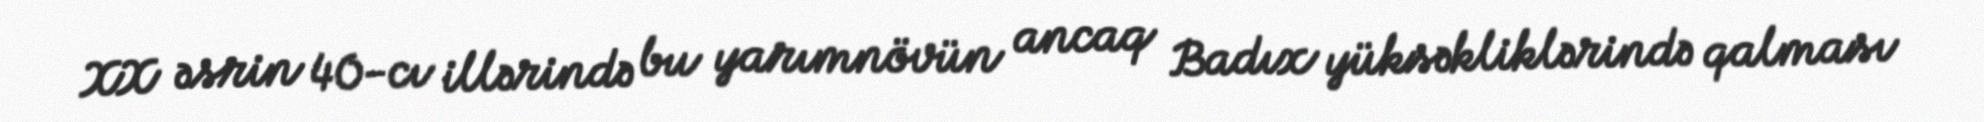
XX əsrin 40-cı illərində bu yarımnövün ancaq Badıx yüksəkliklərində qalması